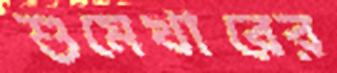
শুমেখারের